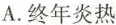
A.终年炎热